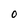
Character: 0